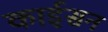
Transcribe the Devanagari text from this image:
काईसन